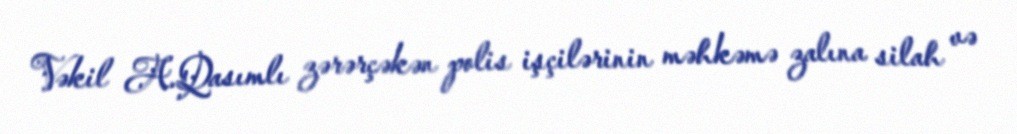
Vəkil A.Qasımlı zərərçəkən polis işçilərinin məhkəmə zalına silah və